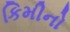
કિમીનો